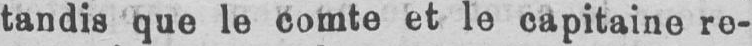
tandis que le comte et le capitaine re-